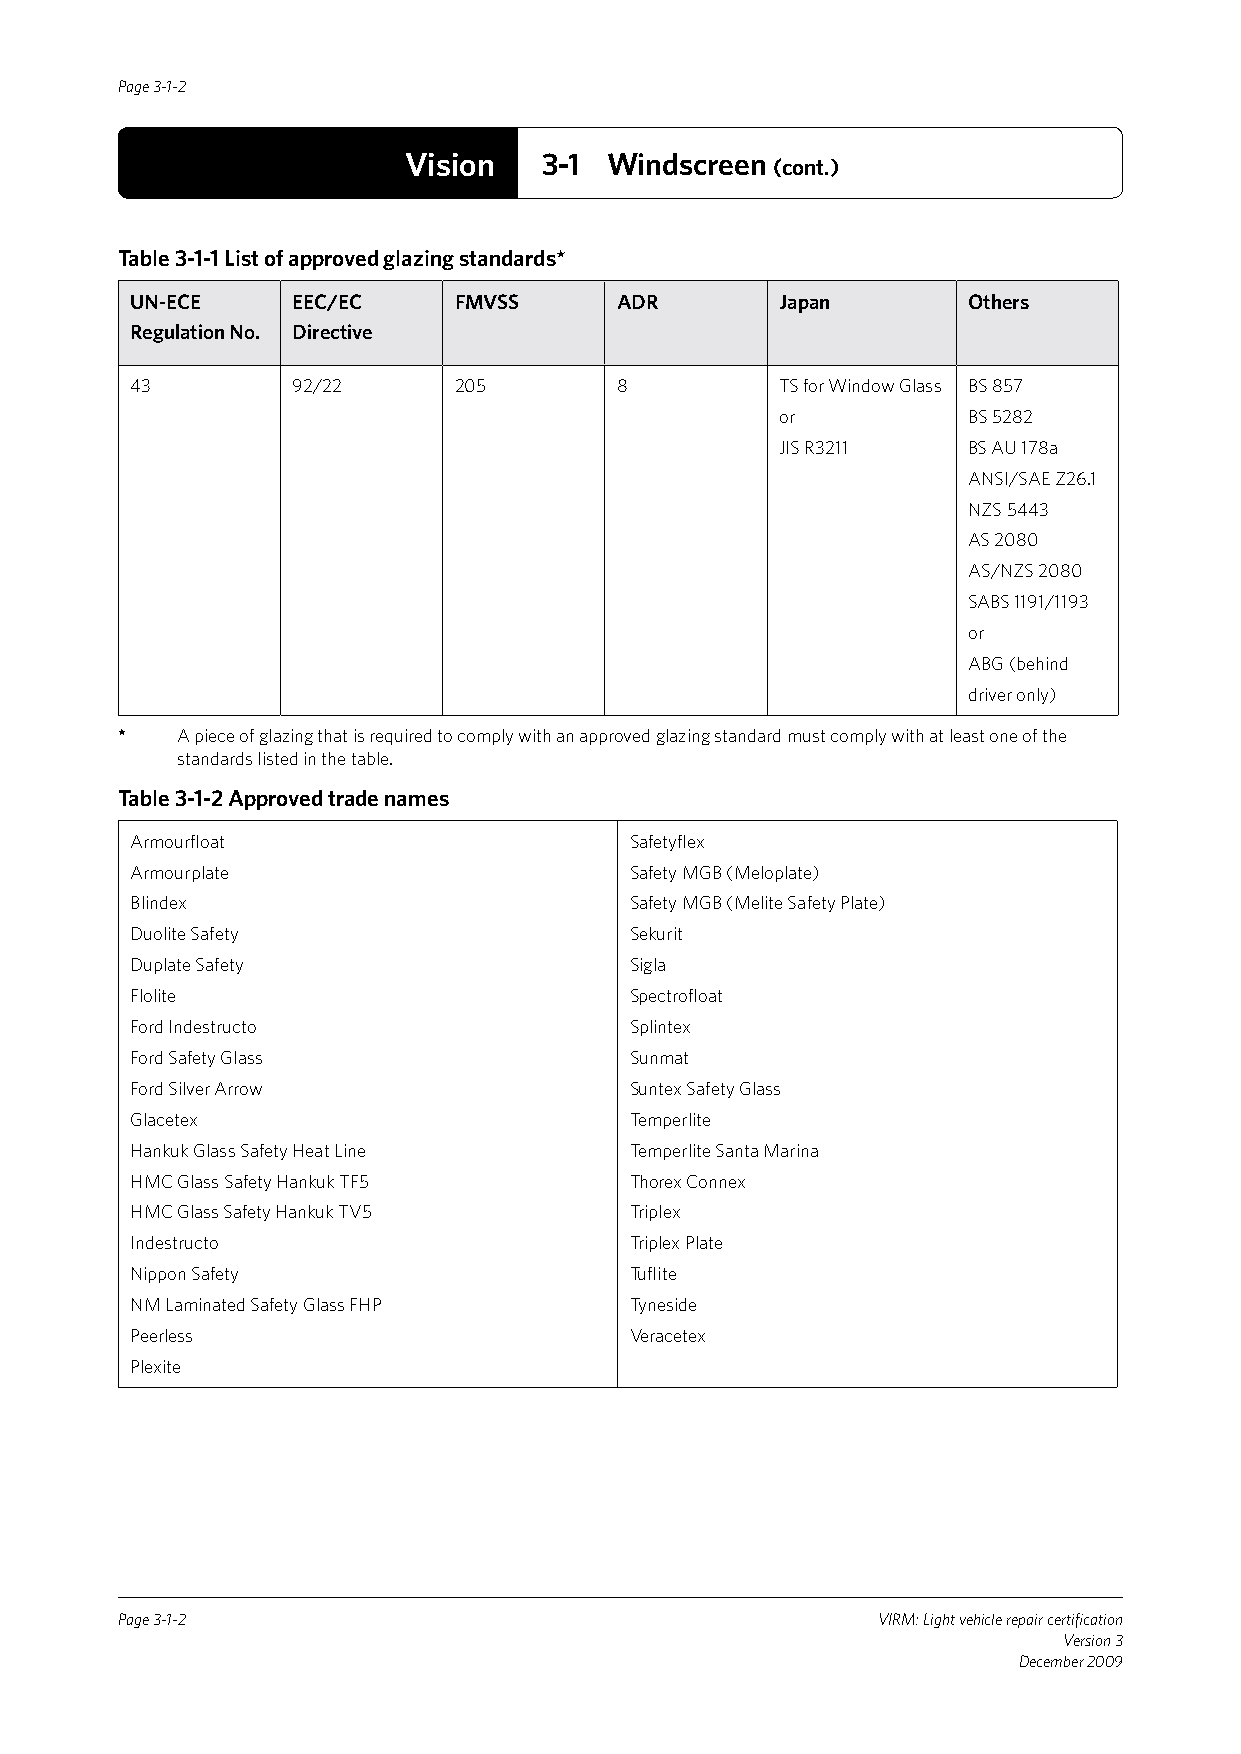
Page 3-1-2
 Vision   3-1 Windscreen (cont.)
 Table 3-1-1 List of approved glazing standards*
 UN-ECE    EEC/EC     FMVSS      ADR        Japan       Others
 Regulation No. Directive
 43        92/22      205        8          TS for Window Glass BS 857
 or          BS 5282
 JIS R3211   BS AU 178a
 ANSI/SAE Z26.1
 NZS 5443
 AS 2080
 AS/NZS 2080
 SABS 1191/1193
 or
 ABG (behind
 driver only)
 *   A piece of glazing that is required to comply with an approved glazing standard must comply with at least one of the
 standards listed in the table.
 Table 3-1-2 Approved trade names
 Armourfloat                      Safetyflex
 Armourplate                      Safety MGB (Meloplate)
 Blindex                          Safety MGB (Melite Safety Plate)
 Duolite Safety                   Sekurit
 Duplate Safety                   Sigla
 Flolite                          Spectrofloat
 Ford Indestructo                 Splintex
 Ford Safety Glass                Sunmat
 Ford Silver Arrow                Suntex Safety Glass
 Glacetex                         Temperlite
 Hankuk Glass Safety Heat Line    Temperlite Santa Marina
 HMC Glass Safety Hankuk TF5      Thorex Connex
 HMC Glass Safety Hankuk TV5      Triplex
 Indestructo                      Triplex Plate
 Nippon Safety                    Tuflite
 NM Laminated Safety Glass FHP    Tyneside
 Peerless                         Veracetex
 Plexite
 Page 3-1-2                                        VIRM: Light vehicle repair certification
 Version 3
 December 2009